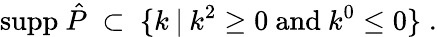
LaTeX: {\mathrm{supp~}}\hat{P}\; \subset\; \{ k\: |\: k^{2}\geq 0{\mathrm{~and~}}k^{0}\leq 0\} \; .